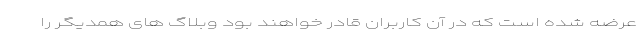
عرضه شده است که در آن کاربران قادر خواهند بود وبلاگ های همدیگر را